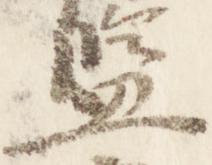
監